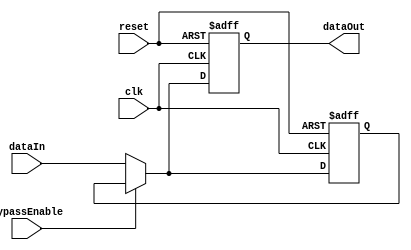
module CascadeBypassRegister (
    input clk,
    input reset,
    input bypassEnable,
    input [7:0] dataIn,
    output reg [7:0] dataOut
);

reg [7:0] register;

always @ (posedge clk or posedge reset) begin
    if (reset) begin
        register <= 8'b0;
        dataOut <= 8'b0;
    end else begin
        if (bypassEnable) begin
            dataOut <= register;
        end else begin
            register <= dataIn;
            dataOut <= dataIn;
        end
    end
end

endmodule